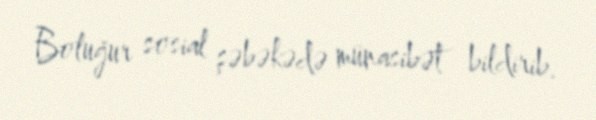
Boluğur sosial şəbəkədə münasibət bildirib.